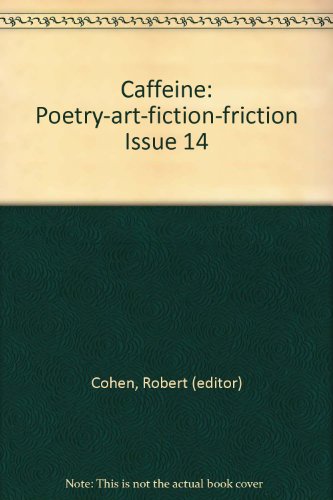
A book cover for Caffeine: Poetry-art-fiction-friction Issue 14; Robert (editor) Cohen; Health, Fitness & Dieting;